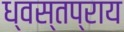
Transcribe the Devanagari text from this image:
ध्वस्तप्राय